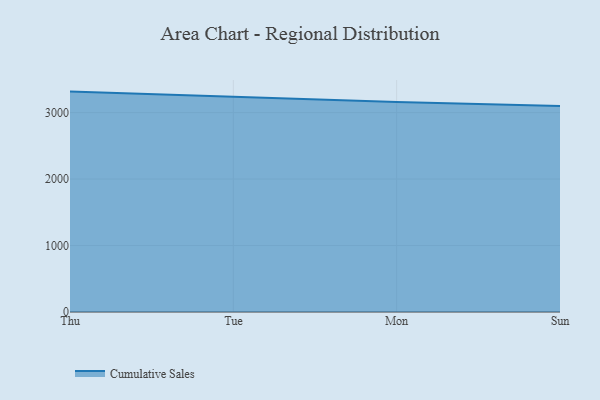
{"axis": {"x": "Day", "y": "Population (Million)"}, "legend": ["Cumulative Sales"], "data": [{"x": "Thu", "y": 3315.4, "type": "Cumulative Sales"}, {"x": "Tue", "y": 3241.7, "type": "Cumulative Sales"}, {"x": "Mon", "y": 3159.2, "type": "Cumulative Sales"}, {"x": "Sun", "y": 3100.0, "type": "Cumulative Sales"}]}